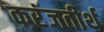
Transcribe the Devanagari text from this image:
करंजतीर्थ